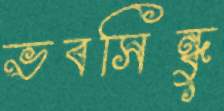
ভবসিন্ধুু